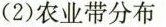
(2)农业带分布